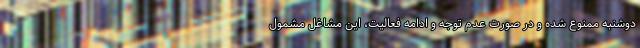
دوشنبه ممنوع شده و در صورت عدم توجه و ادامه فعالیت، این مشاغل مشمول